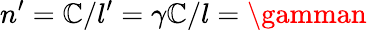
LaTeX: n^{\prime}=\mathbb{C}/l^{\prime}=\gamma\mathbb{C}/l=\gamman